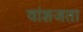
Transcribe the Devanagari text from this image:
वांशजता